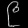
Digit: ၉